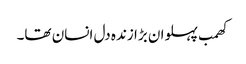
کھمب پہلوان بڑا زندہ دل انسان تھا۔